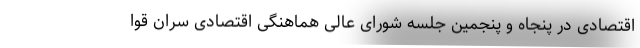
اقتصادی در پنجاه و پنجمین جلسه شورای عالی هماهنگی اقتصادی سران قوا